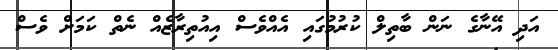
އަދި އޭނާގެ ނަން ބާތިލް ކުރުމުގައި އެއްވެސް އިއުތިރާޒެއް ނެތް ކަމަށް ވެސް